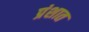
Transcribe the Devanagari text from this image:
प्रंशात